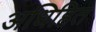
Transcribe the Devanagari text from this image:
अधिहित